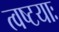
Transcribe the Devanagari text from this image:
त्वष्टयाः